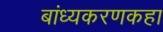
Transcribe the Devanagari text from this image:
बांध्यकरणकहा